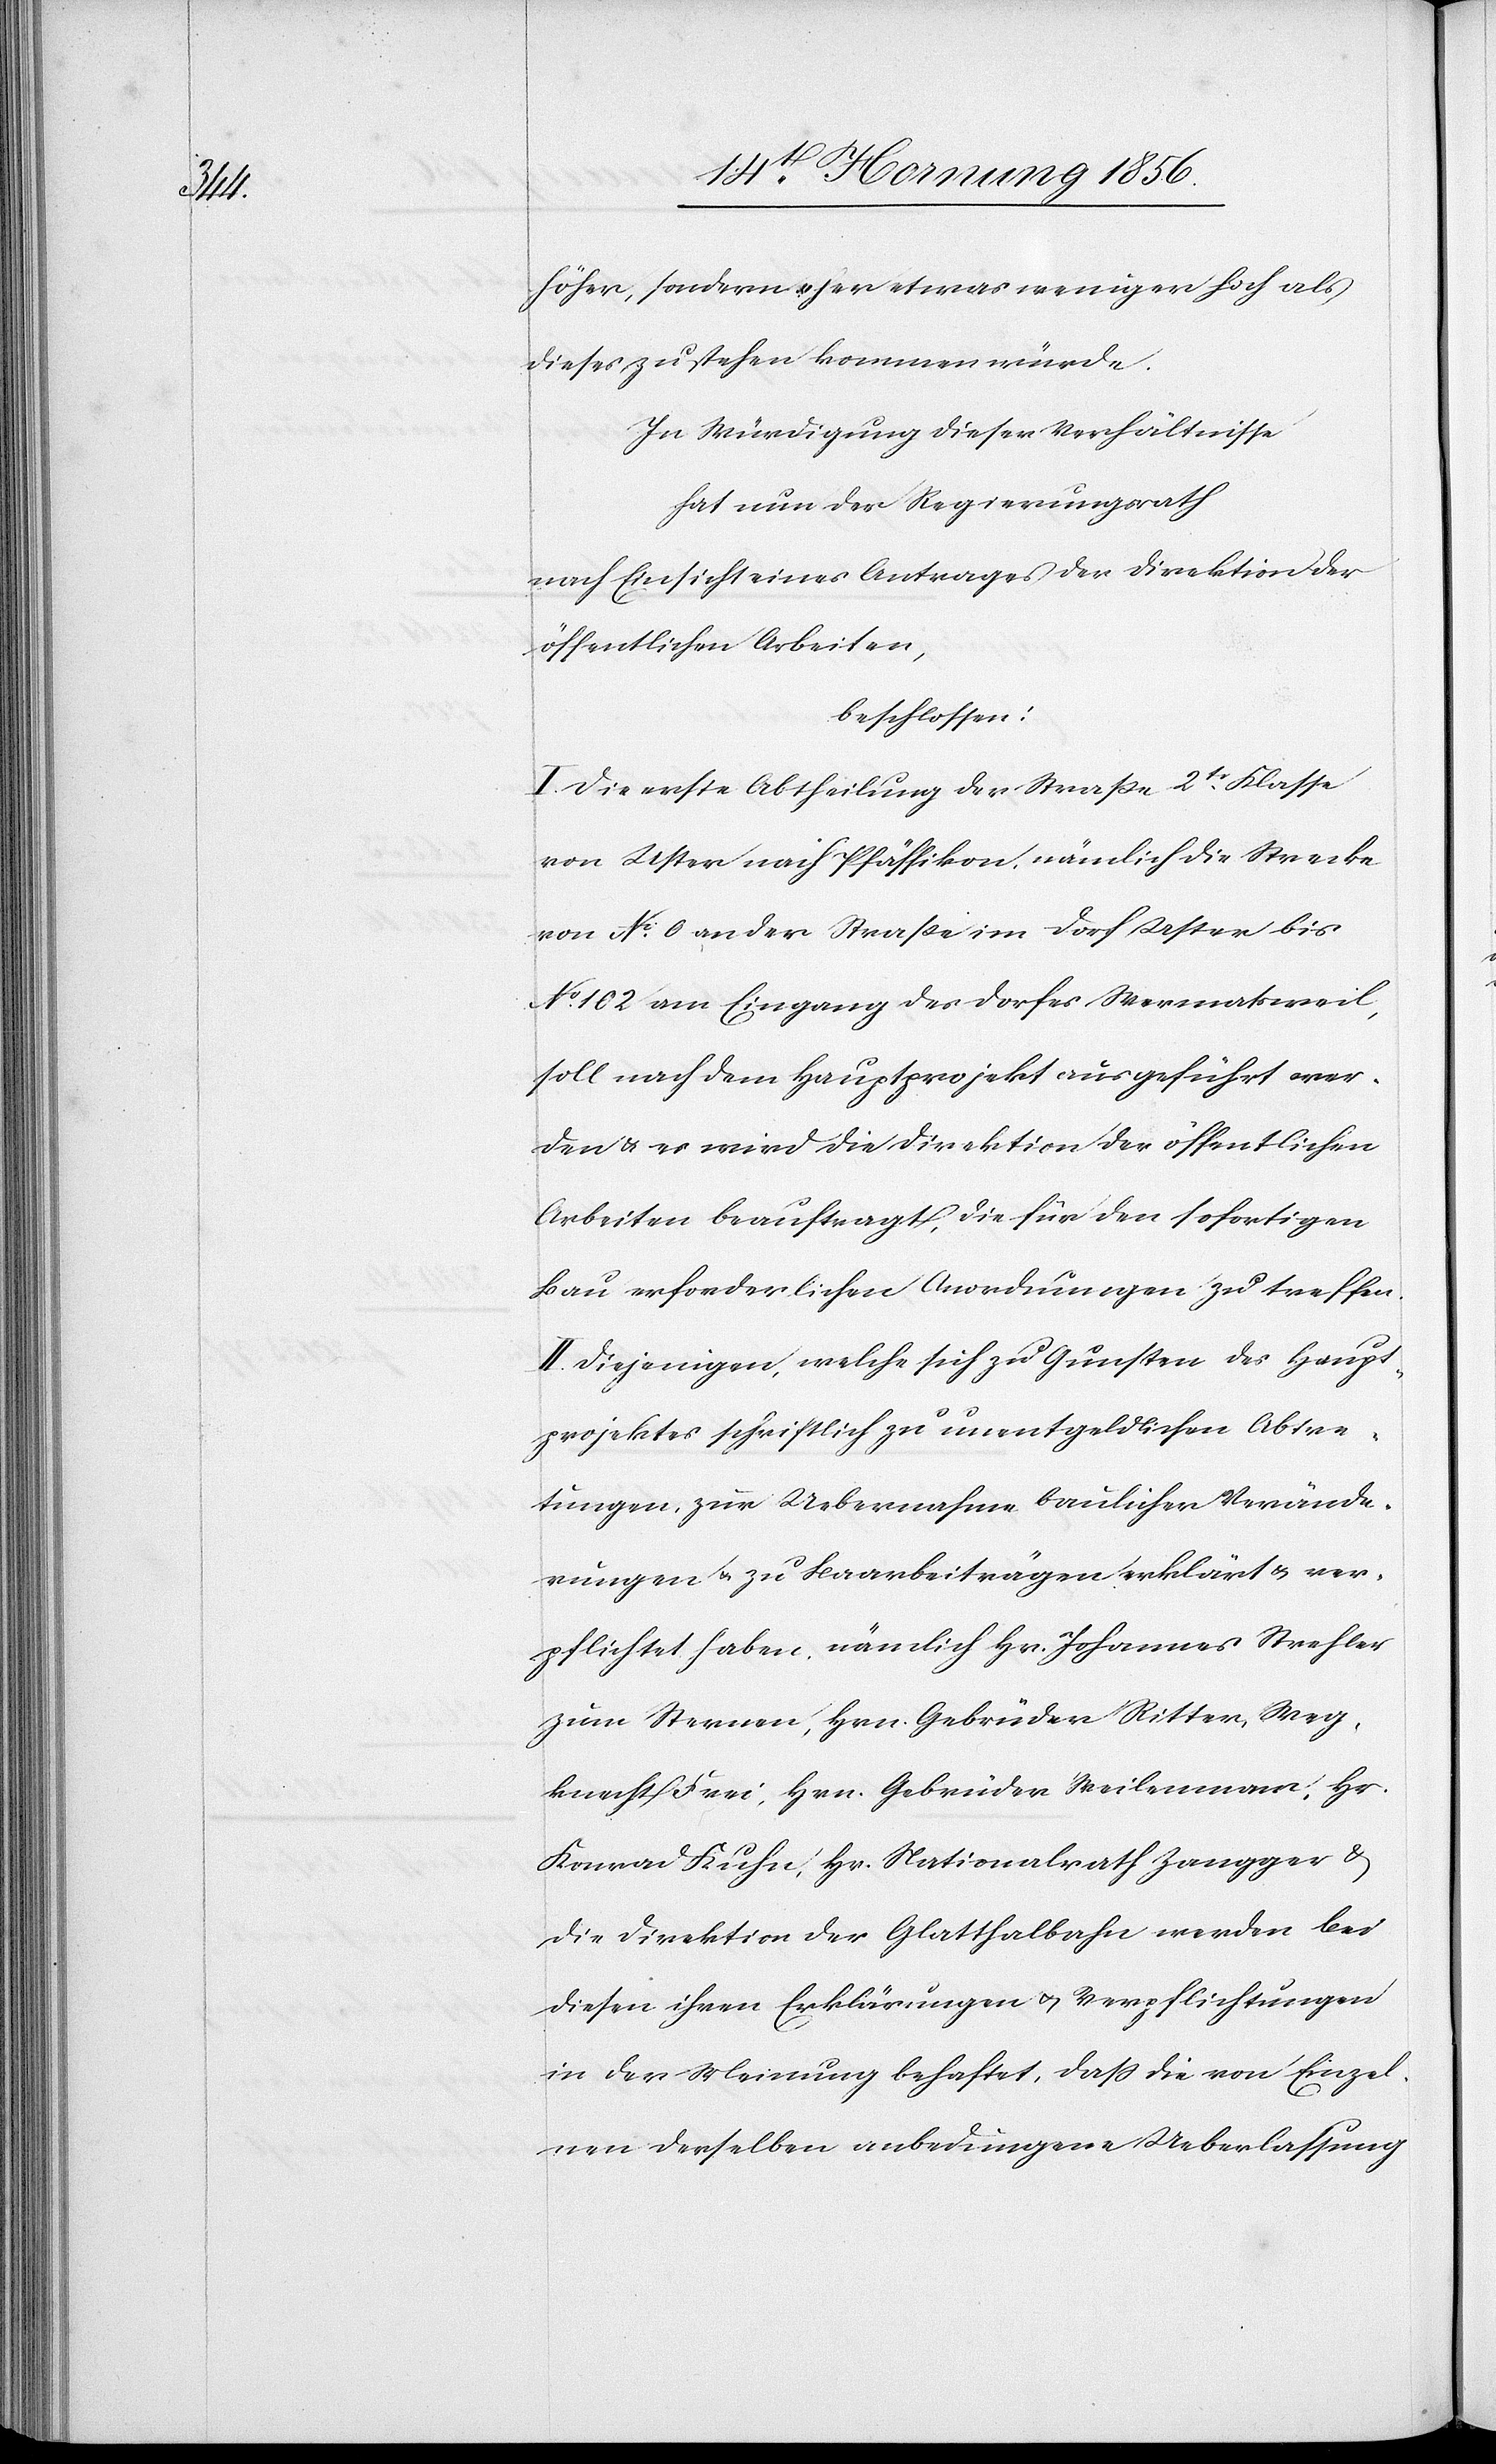
Hr.

höher, sondern eher etwas weniger hoch als
dieses zu stehen kommen würde.
In Würdigung dieser Verhältnisse
hat nun der Regierungsrath
nach Einsicht eines Antrages der Direktion der
öffentlichen Arbeiten,
beschlossen:
I. Die erste Abtheilung der Straße 2tr Klasse
von Uster nach Pfäffikon, nämlich die Strecke
von No 0 an der Straße im Dorf Uster bis
No 102 am Eingang des Dorfes Wermatsweil,
soll nach dem Hauptprojekt ausgeführt wer¬
den & es wird die Direktion der öffentlichen
Arbeiten beauftragt, die für den sofortigen
Bau erforderlichen Anordnungen zu treffen.
II. Diejenigen, welche sich zu Gunsten des Haupt¬
projektes schriftlich zu unentgeldlichen Abtre¬
tungen, zur Uebernahme baulicher Verände¬
rungen u. zu Baarbeiträgen erklärt & ver¬
pflichtet habe, nämlich Hr. Johannes Strehler
zum Sternen, Hrn. Gebrüder Ritter, Weg¬
knecht Frei, Hrn. Gebrüder Weilenmam [s¬
Konrad Kuhn, Hr. Nationalrath Zangger &
die Direktion der Glatthalbahn werden bei
diesen ihren Erklärungen u. Verpflichtungen
in der Weisung behaftet, daß die von Einzel¬
nen derselben anbedungene Ueberlassung